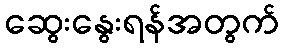
ဆွေးနွေးရန်အတွက်